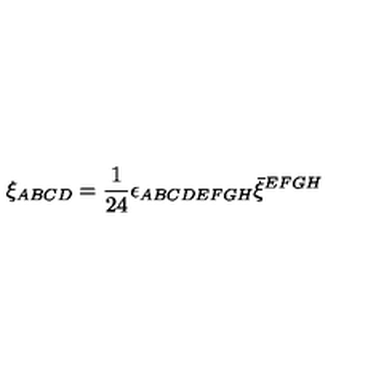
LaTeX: \xi _ { A B C D } = { \frac { 1 } { 2 4 } } \epsilon _ { A B C D E F G H } \bar { \xi } ^ { E F G H }